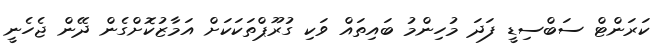
ކަރަންޓް ސަބްސިޑީ ފަދަ މުހިންމު ބައިތައް ވަކި ގުރޫޕްތަކަކަށް އަމާޒުކޮށްގެން ދޭން ޖެހެނީ